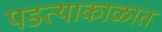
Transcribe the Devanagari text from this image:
पडत्याकाळात